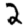
Digit: 2